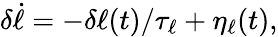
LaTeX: \delta\dot{\ell}=-\delta\ell(t)/\tau_{\ell}+\eta_{\ell}(t),